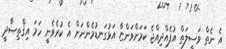
އެ ނެތް ވަސީލަތް އުފެއްދިއްޖެ ކަމަށްވަންޏާ އަޅުގަނޑުމެންނަށް އެ ކުރެވެނީ ހަމަ އިޤްތިޞާދީ